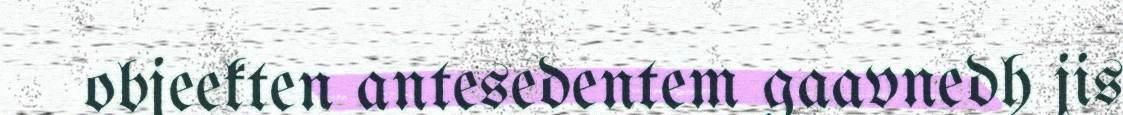
objeekten antesedentem gaavnedh jis